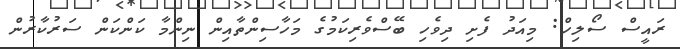
ރައީސް ސޯލިހް: މިއަދު ފެށި ދިވެހި ބޭސްވެރިކަމުގެ މަހާސިންތާއިން ނިންމާ ކަންކަން ސަރުކާރުން